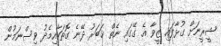
ޝީރީނަށް ގުޅާފައި ޒީވާ އެ ގޭގައި ނެތް ޚަބަރު ދޭނެ ގޮތަކާއިމެދު ވިސްނަމުން